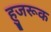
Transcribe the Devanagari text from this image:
हुजरूक